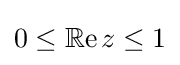
{\textstyle 0\leq \operatorname {\mathbb {R} e} z\leq 1}